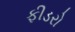
ફીડરો